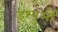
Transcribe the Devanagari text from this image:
इश्युओं